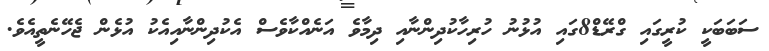
ސަބަބަކީ ކުރީގައި ގްރޭޑް8ގައި އުޅުނު ހުރިހާކުދިންނާއި ދިމާވެ އަނެއްކާވެސް އެކުދިންނާއިއެކު އުޅެން ޖެހޭނެތީއެވެ.